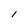
Character: 1